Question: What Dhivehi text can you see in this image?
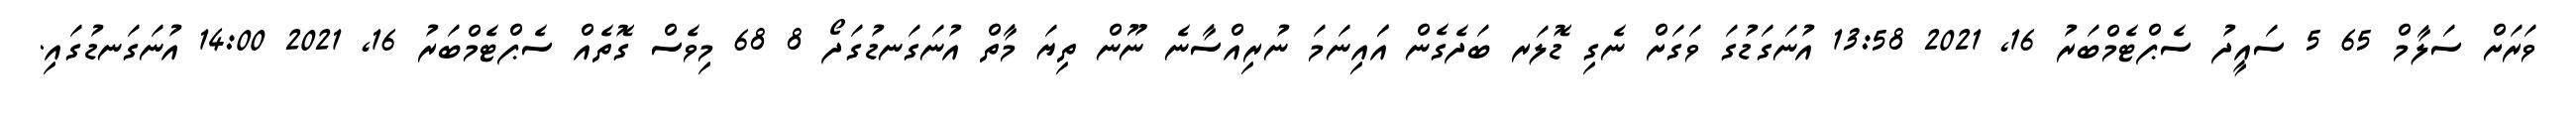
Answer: ވަރަށް ސަލާމް 65 5 ސައީދު ސެޕްޓެމްބަރު 16, 2021 13:58 އުނަގަޑުގަ ވަގަށް ނެގި ޑޮލަރ ބަދެގެން އަައިނަމަ ނުރިއްސާނެ ނޫން ތިޔަ މާތް އުނަގަނޑުގަދޯ 8 68 މިވެސް ގޮތެއް ސެޕްޓެމްބަރު 16, 2021 14:00 އުނަގަނޑުގައި.